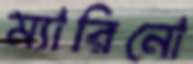
ম্যারিনো